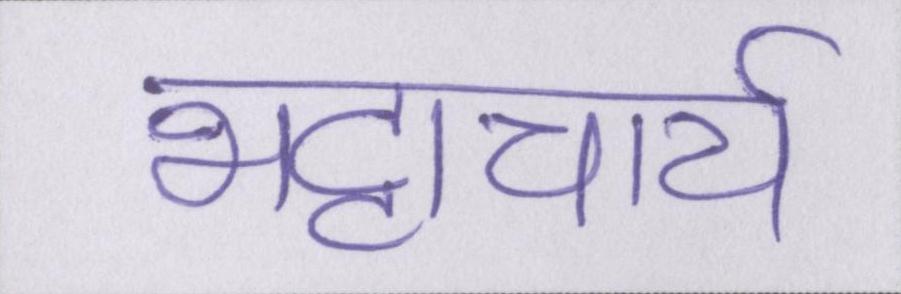
भट्टाचार्य